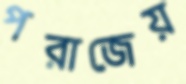
পরাজেয়